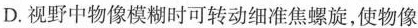
D. 视野中物像模糊时可转动细准焦螺旋，使物像